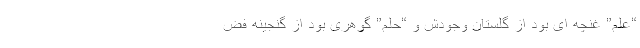
“علم” غنچه ای بود از گلستانِ وجودش و “حلم” گوهری بود از گنجینه فض